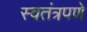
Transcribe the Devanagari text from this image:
स्‍वतंत्रपणे